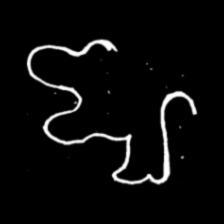
Pyu character \u2014 Myanmar letter: ဈ (romanized: jha)